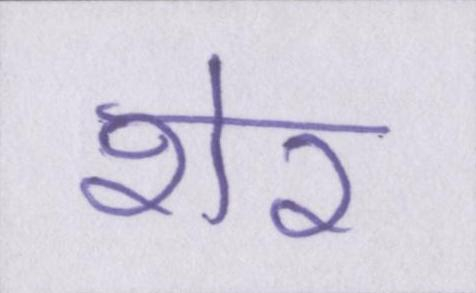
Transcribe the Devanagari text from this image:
शेर